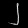
Digit: ၂